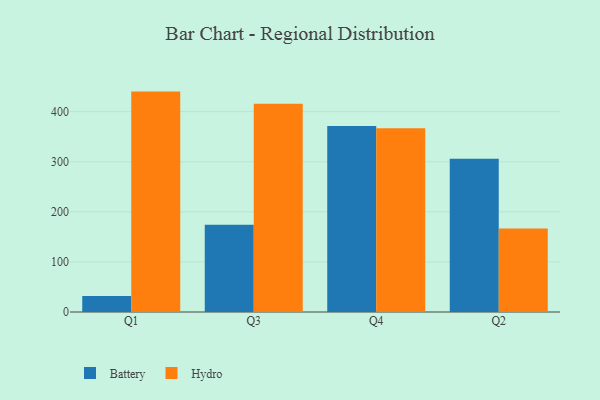
{"axis": {"x": "Quarter", "y": "Waste Production (Tons)"}, "legend": ["Battery", "Hydro"], "data": [{"x": "Q1", "y": 31.7, "type": "Battery"}, {"x": "Q1", "y": 440.0, "type": "Hydro"}, {"x": "Q3", "y": 174.4, "type": "Battery"}, {"x": "Q3", "y": 415.8, "type": "Hydro"}, {"x": "Q4", "y": 371.4, "type": "Battery"}, {"x": "Q4", "y": 366.6, "type": "Hydro"}, {"x": "Q2", "y": 305.8, "type": "Battery"}, {"x": "Q2", "y": 166.8, "type": "Hydro"}]}